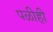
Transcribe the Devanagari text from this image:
पळीही